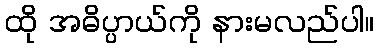
ထို အဓိပ္ပာယ်ကို နားမလည်ပါ။